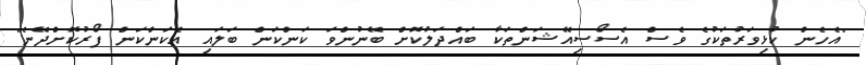
"އެހެން ކުޅިވަރުތަކުގެ ވެސް އެސޯސިއޭޝަންތަކާ ބައްދަލުކޮށް ބޭނުންވަ ކަންކަން ބަލައި އެކަންކަން ފޯރުކޮށްދޭނެ"